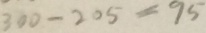
3 0 0 - 2 0 5 = 9 5